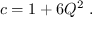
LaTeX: c = 1 + 6 Q ^ { 2 } \ .